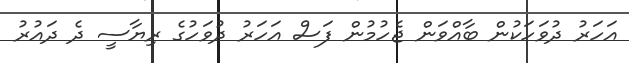
އަހަރު ދުވަހަކުން ބާއްވަން ޖެހުމުން ފަސް އަހަރު ދުވަހުގެ ރިޔާސީ ދެ ދައުރު